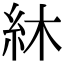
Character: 䊾